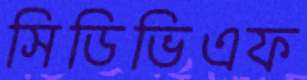
সিডিভিএফ